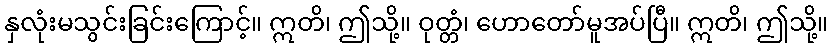
နှလုံးမသွင်းခြင်းကြောင့်။ ဣတိ၊ ဤသို့။ ဝုတ္တံ၊ ဟောတော်မူအပ်ပြီ။ ဣတိ၊ ဤသို့။